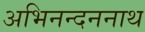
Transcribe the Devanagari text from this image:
अभिनन्दननाथ